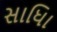
સાધિા